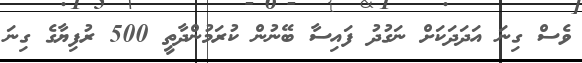
ވެސް ގިނަ އަދަދަކަށް ނަގުދު ފައިސާ ބޭނުން ކުރަމުންދާތީ 500 ރުފިޔާގެ ގިނަ